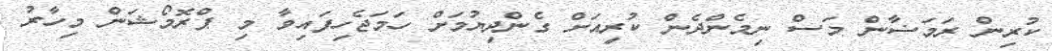
ކުރިން ރަމަޟާން މަސް ނިމެންދެން ކުރިއަށް ގެންދިޔުމަށް ހަމަޖެހިފައިވާ މި ޕްރޮމޯޝަން މިހާރު